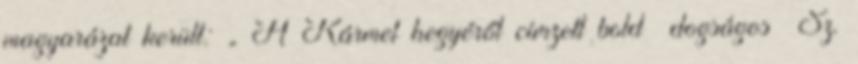
magyarázat került: „ A Kármel hegyéről címzett bold dogságos Sz.